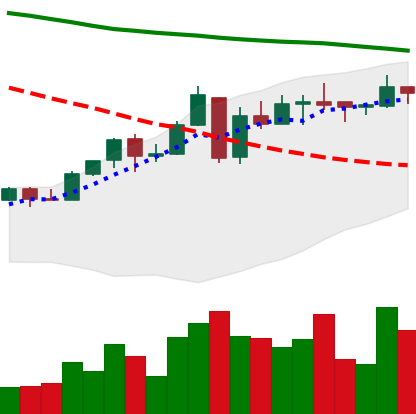
Ticker: ETC-USD
Chart end date: 2018-05-04
Forward return: -4.027%
Label: down_3_5